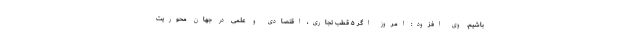
باشیم. وی افزود: امروز اگر ۵ قطب تجاری، اقتصادی و علمی در جهان محوریت